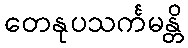
တေနုပသင်္ကမန္တိ